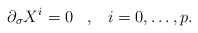
\begin{align*}\partial_\sigma X^i = 0 \;\;\; ,\;\;\; i =0,\ldots , p .\end{align*}